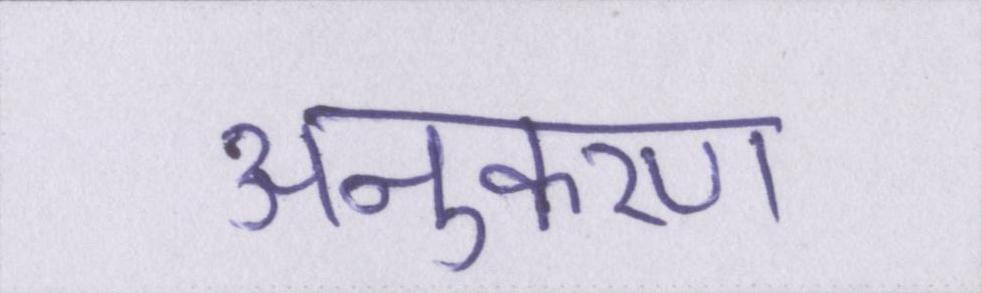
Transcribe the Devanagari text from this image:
अनुकरण